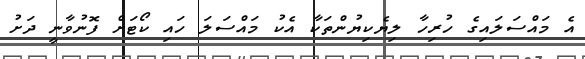
އެ މައްސަލައިގެ ހުރިހާ ލިޔެކިޔުންތަކާ އެކު މައްސަލަ ހައި ކޯޓަށް ފޮނުވާނީ ދަށު